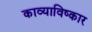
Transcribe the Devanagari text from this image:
काव्याविष्कार